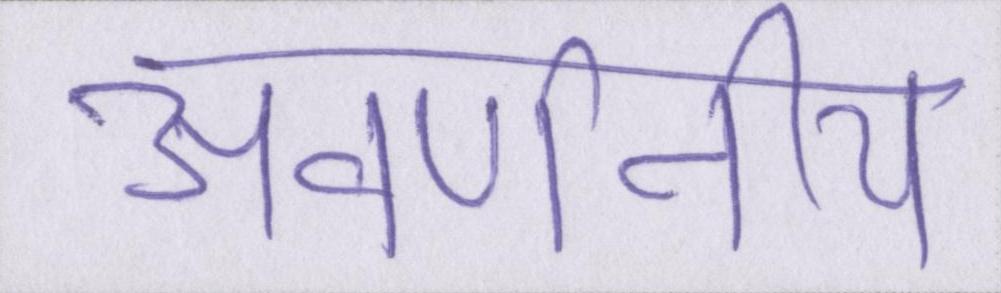
अवर्णनीय